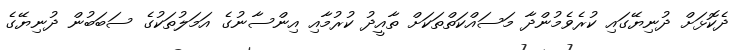
ދެކޮޅަށް ދުނިޔޭގައި ކުރެވެމުންދާ މަސައްކަތްތަކަށް ތާއީދު ކުރުމާއި އިންސާނުގެ އަމަލުތަކުގެ ސަބަބުން ދުނިޔޭގެ